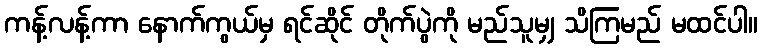
ကန့်လန့်ကာ နောက်ကွယ်မှ ရင်ဆိုင် တိုက်ပွဲကို မည်သူမျှ သိကြမည် မထင်ပါ။